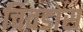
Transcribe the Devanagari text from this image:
चिवडास